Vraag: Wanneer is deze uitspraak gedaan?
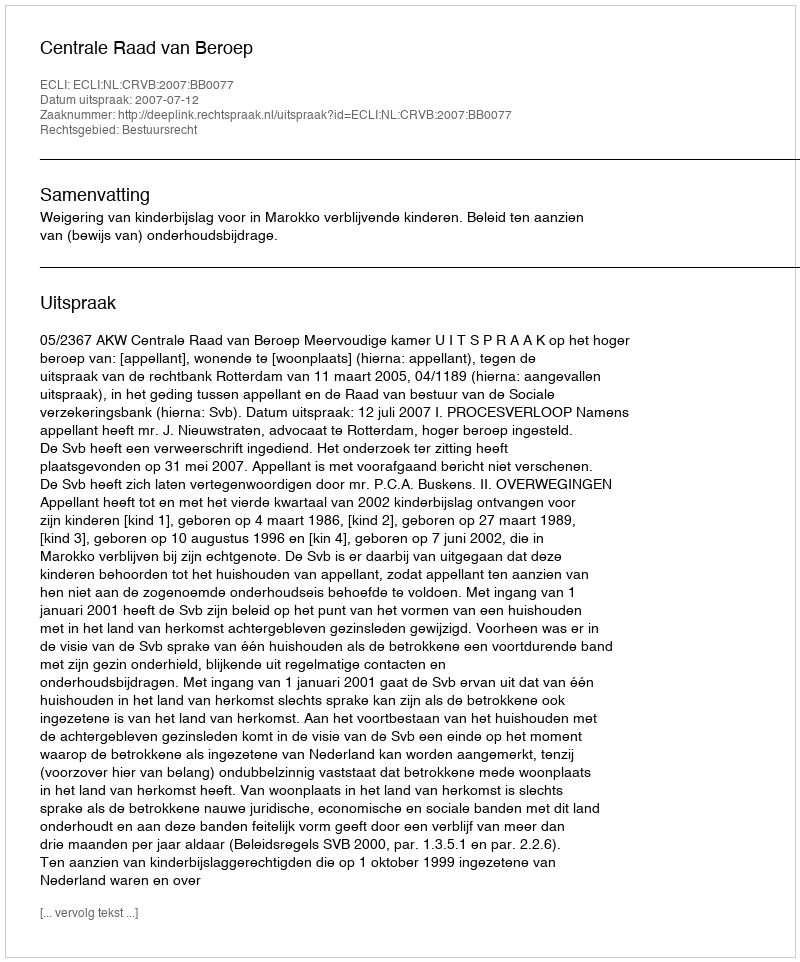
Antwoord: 2007-07-12